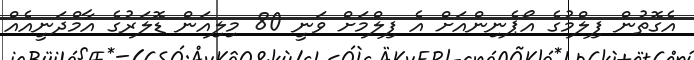
އެގޮތުން ފިލްމުގެ އޯޕެނިންއަށް އެ ފިލްމަށް ވަނީ 80 މިލިއަން ޑޮލަރުގެ އާމްދަނީއެއް